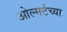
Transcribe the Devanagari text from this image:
ओल्मर्टच्या